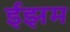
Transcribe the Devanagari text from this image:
ईझम